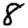
Digit: 8